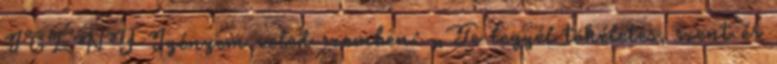
IGÉNY Igényem veled szemben: „Te legyél tökéletes, szent és